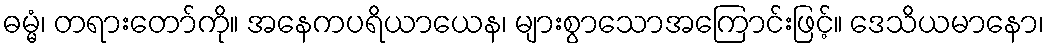
ဓမ္မံ၊ တရားတော်ကို။ အနေကပရိယာယေန၊ များစွာသောအကြောင်းဖြင့်။ ဒေသိယမာနော၊